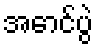
အောင်ပွဲ